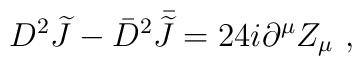
D^2{\widetilde J}-{\bar D}^2{\kern .35em\bar{\kern -.35em{\widetilde J}}}=24i\partial^\mu Z_\mu\ ,